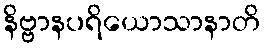
နိဗ္ဗာနပရိယောသာနာတိ